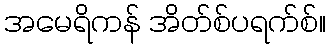
အမေရိကန် အိတ်စ်ပရက်စ်။